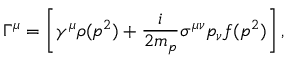
\Gamma ^ { \mu } = \left[ \gamma ^ { \mu } \rho ( p ^ { 2 } ) + \frac { i } { 2 m _ { p } } \sigma ^ { \mu \nu } p _ { \nu } f ( p ^ { 2 } ) \right] ,